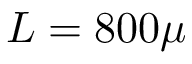
L = 8 0 0 \mu